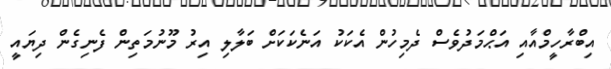
އިބްރާހީމްއާއި އަޙްމަދުވެސް ދެމިހުން އެކަކު އަނެކަކަށް ބަލާލި އިރު މޫނުމަތިން ފެނިގެން ދިޔައީ